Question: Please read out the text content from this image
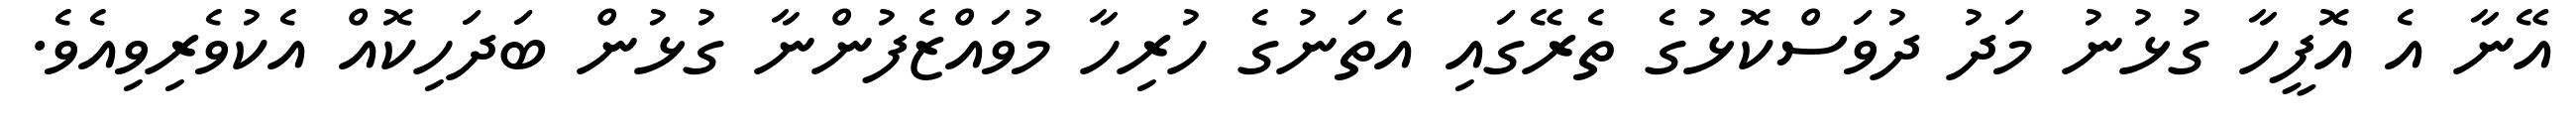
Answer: އޭނާ އެ އޮފީހާ ގުޅުނު މަދު ދުވަސްކޮޅުގެ ތެރޭގައި އެތަނުގެ ހުރިހާ މުވައްޒެފުންނާ ގުޅުން ބަދަހިކޮއް އެކުވެރިވިއެވެ.